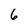
Character: 6